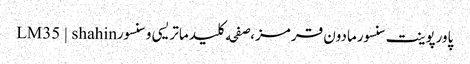
پاورپوینت سنسورمادون قرمز،صفحه کلید ماتریسی و سنسورLM35 | shahin